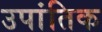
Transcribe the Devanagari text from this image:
उपांतिक